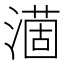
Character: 𣾟